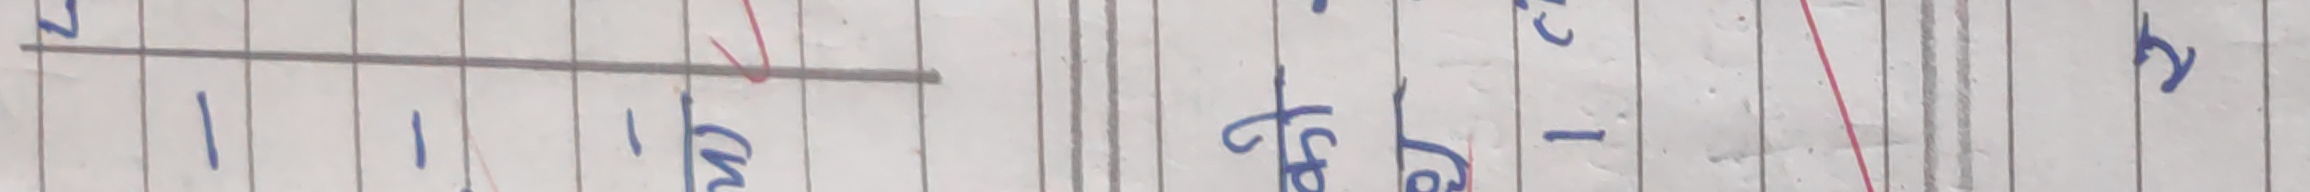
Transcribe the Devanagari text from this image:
१५०० कि.मी. २